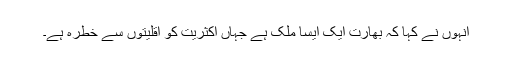
انہوں نے کہا کہ بھارت ایک ایسا ملک ہے جہاں اکثریت کو اقلیتوں سے خطرہ ہے۔